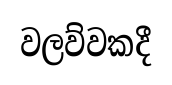
වලව්වකදී